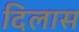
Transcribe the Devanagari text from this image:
दिलास